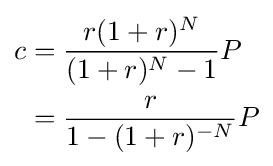
{\begin{aligned}c&{}={\frac {r(1+r)^{N}}{(1+r)^{N}-1}}P\\&{}={\frac {r}{1-(1+r)^{-N}}}P\end{aligned}}